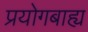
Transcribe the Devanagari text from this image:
प्रयोगबाह्य